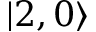
| 2 , 0 \rangle